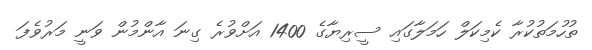
ތުހުމަތުކުރާ ކެމިކަލް ހަމަލާގައި ސީރިޔާގެ 1400 އަށްވުރެ ގިނަ އާންމުން ވަނީ މަރުވެފަ